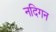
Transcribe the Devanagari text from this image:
नदिगन